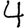
Digit: 4